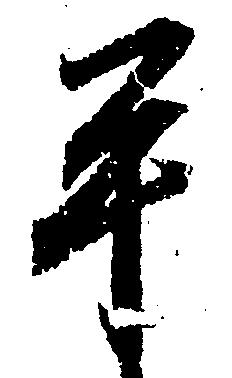
平